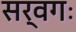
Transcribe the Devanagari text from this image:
सर्वगः